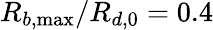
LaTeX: R_{b,\operatorname*{max}}/R_{d,0}=0.4